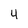
Character: 4